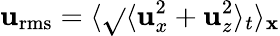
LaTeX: \mathbf{u}_{\mathrm{{rms}}}=\langle\sqrt{}{{\langle\mathbf{u}_{x}^{2}+\mathbf{u}_{z}^{2}\rangle_{t}}}\rangle_{\mathbf{x}}